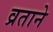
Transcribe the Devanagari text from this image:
व्रताने